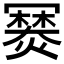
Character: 𤏷